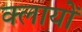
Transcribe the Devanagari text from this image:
क्लायों